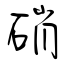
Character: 硝